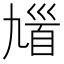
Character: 𩠒